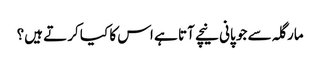
مارگلہ سے جو پانی نیچے آتا ہے اس کا کیا کرتے ہیں؟